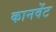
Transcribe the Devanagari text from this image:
कानवेंट